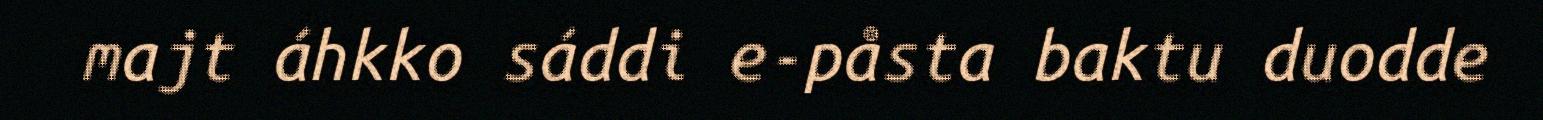
majt áhkko sáddi e-påsta baktu duodde